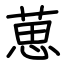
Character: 葸